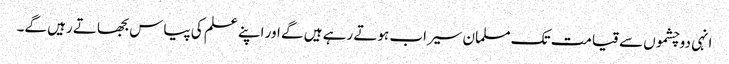
انہی دوچشموں سے قیامت تک مسلمان سیراب ہوتے رہے ہیں گے اور اپنے علم کی پیاس بجھاتے رہیں گے۔